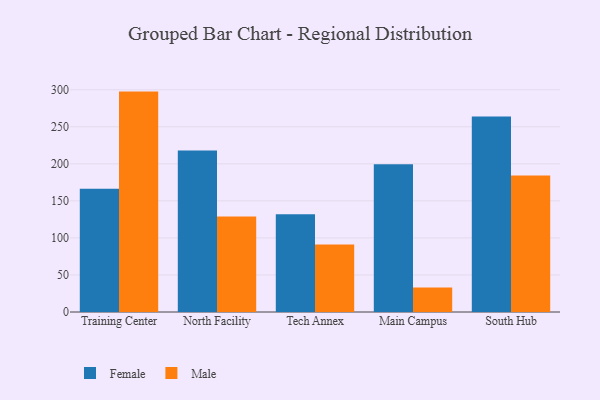
{"axis": {"x": "Campus", "y": "Budget (USD K)"}, "legend": ["Female", "Male"], "data": [{"x": "Training Center", "y": 166.2, "type": "Female"}, {"x": "Training Center", "y": 297.5, "type": "Male"}, {"x": "North Facility", "y": 218.0, "type": "Female"}, {"x": "North Facility", "y": 128.9, "type": "Male"}, {"x": "Tech Annex", "y": 131.8, "type": "Female"}, {"x": "Tech Annex", "y": 91.0, "type": "Male"}, {"x": "Main Campus", "y": 199.4, "type": "Female"}, {"x": "Main Campus", "y": 33.0, "type": "Male"}, {"x": "South Hub", "y": 263.8, "type": "Female"}, {"x": "South Hub", "y": 184.3, "type": "Male"}]}